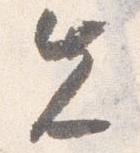
先